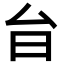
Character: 𭥎